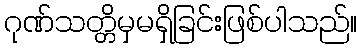
ဂုဏ်သတ္တိမှမရှိခြင်းဖြစ်ပါသည်။